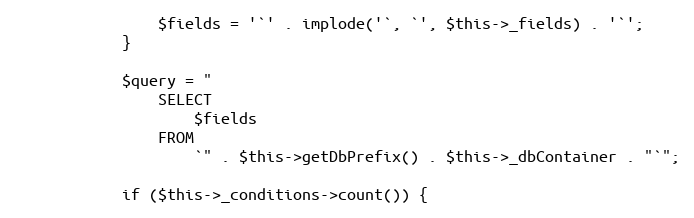
Language: PHP
                $fields = '`' . implode('`, `', $this->_fields) . '`';
            }

            $query = "
                SELECT
                    $fields
                FROM
                    `" . $this->getDbPrefix() . $this->_dbContainer . "`";

            if ($this->_conditions->count()) {